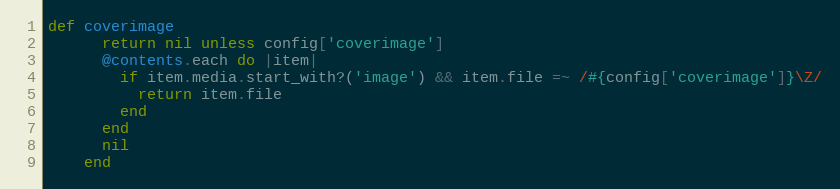
Language: Ruby
def coverimage
      return nil unless config['coverimage']
      @contents.each do |item|
        if item.media.start_with?('image') && item.file =~ /#{config['coverimage']}\Z/
          return item.file
        end
      end
      nil
    end